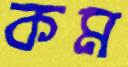
কম